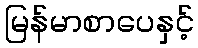
မြန်မာစာပေနှင့်